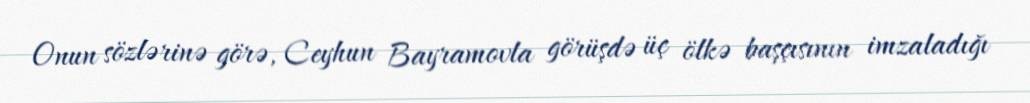
Onun sözlərinə görə, Ceyhun Bayramovla görüşdə üç ölkə başçısının imzaladığı